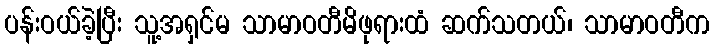
ပန်းဝယ်ခဲ့ပြီး သူ့အရှင်မ သာမာဝတီမိဖုရားထံ ဆက်သတယ်၊ သာမာဝတီက